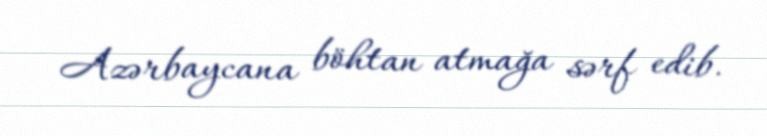
Azərbaycana böhtan atmağa sərf edib.